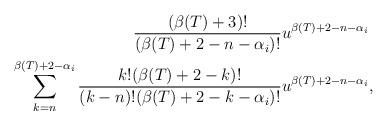
LaTeX: \begin{align*} \frac{(\beta(T)+3)!}{(\beta(T)+2-n-\alpha_i)!}&u^{\beta(T)+2-n-\alpha_i} &&\\ \sum_{k=n}^{\beta(T)+2-\alpha_i}\frac{k!(\beta(T)+2-k)!}{(k-n)!(\beta(T)+2-k-\alpha_i)!}&u^{\beta(T)+2-n-\alpha_i}, && \end{align*}